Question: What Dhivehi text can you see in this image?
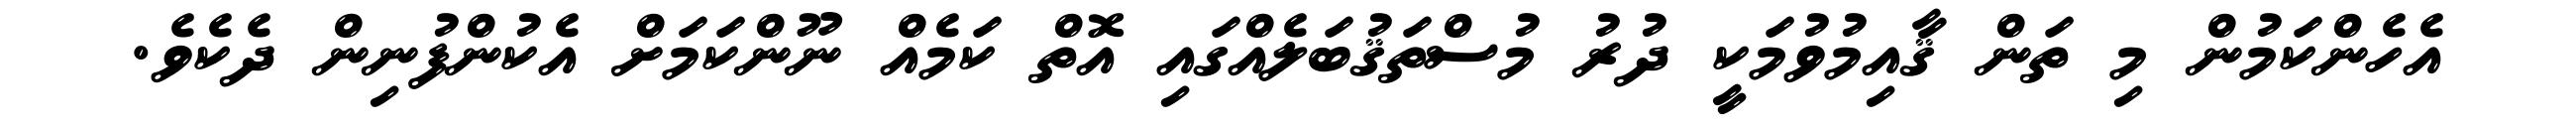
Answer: އެހެންކަމުން މި ތަން ޤާއިމުވުމަކީ ދުރު މުސްތަޤުބަލެއްގައި އޮތް ކަމެއް ނޫންކަމަށް އެކުންފުނިން ދެކެވެ.